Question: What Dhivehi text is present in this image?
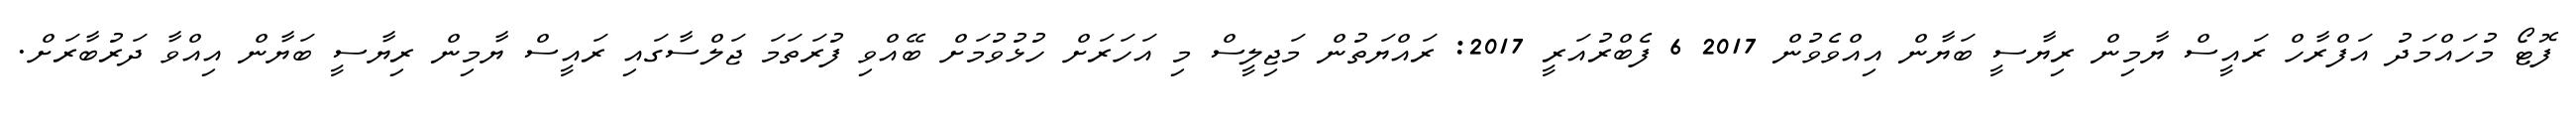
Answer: ފޮޓޯ މުހައްމަދު އަފްރާހް ރައީސް ޔާމިން ރިޔާސީ ބަޔާން އިއްވެވުން 2017 6 ފެބްރުއަރީ 2017: ރައްޔަތުން މަޖިލީސް މި އަހަރަށް ހުޅުވުމަށް ބޭއްވި ފުރަތަމަ ޖަލްސާގައި ރައީސް ޔާމިން ރިޔާސީ ބަޔާން އިއްވާ ދަރުބާރަށް.